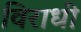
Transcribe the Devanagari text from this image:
विराधी